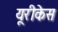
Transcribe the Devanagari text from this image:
यूरीकेस